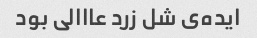
ایده‌ی شل زرد عااالی بود